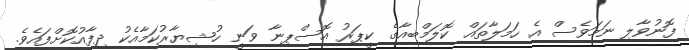
ފޮނުވާލި ނަމަވެސް އެ ހަމަލާތައް ކޮލަމްބިއާގެ ކީޕަރު އޮސްޕިނާ ވަނީ ހުޝިޔާރުކަމާއެކު ދިފާއުކޮށްފައެވެ.